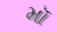
મૉ